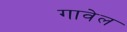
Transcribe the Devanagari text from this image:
गावेल